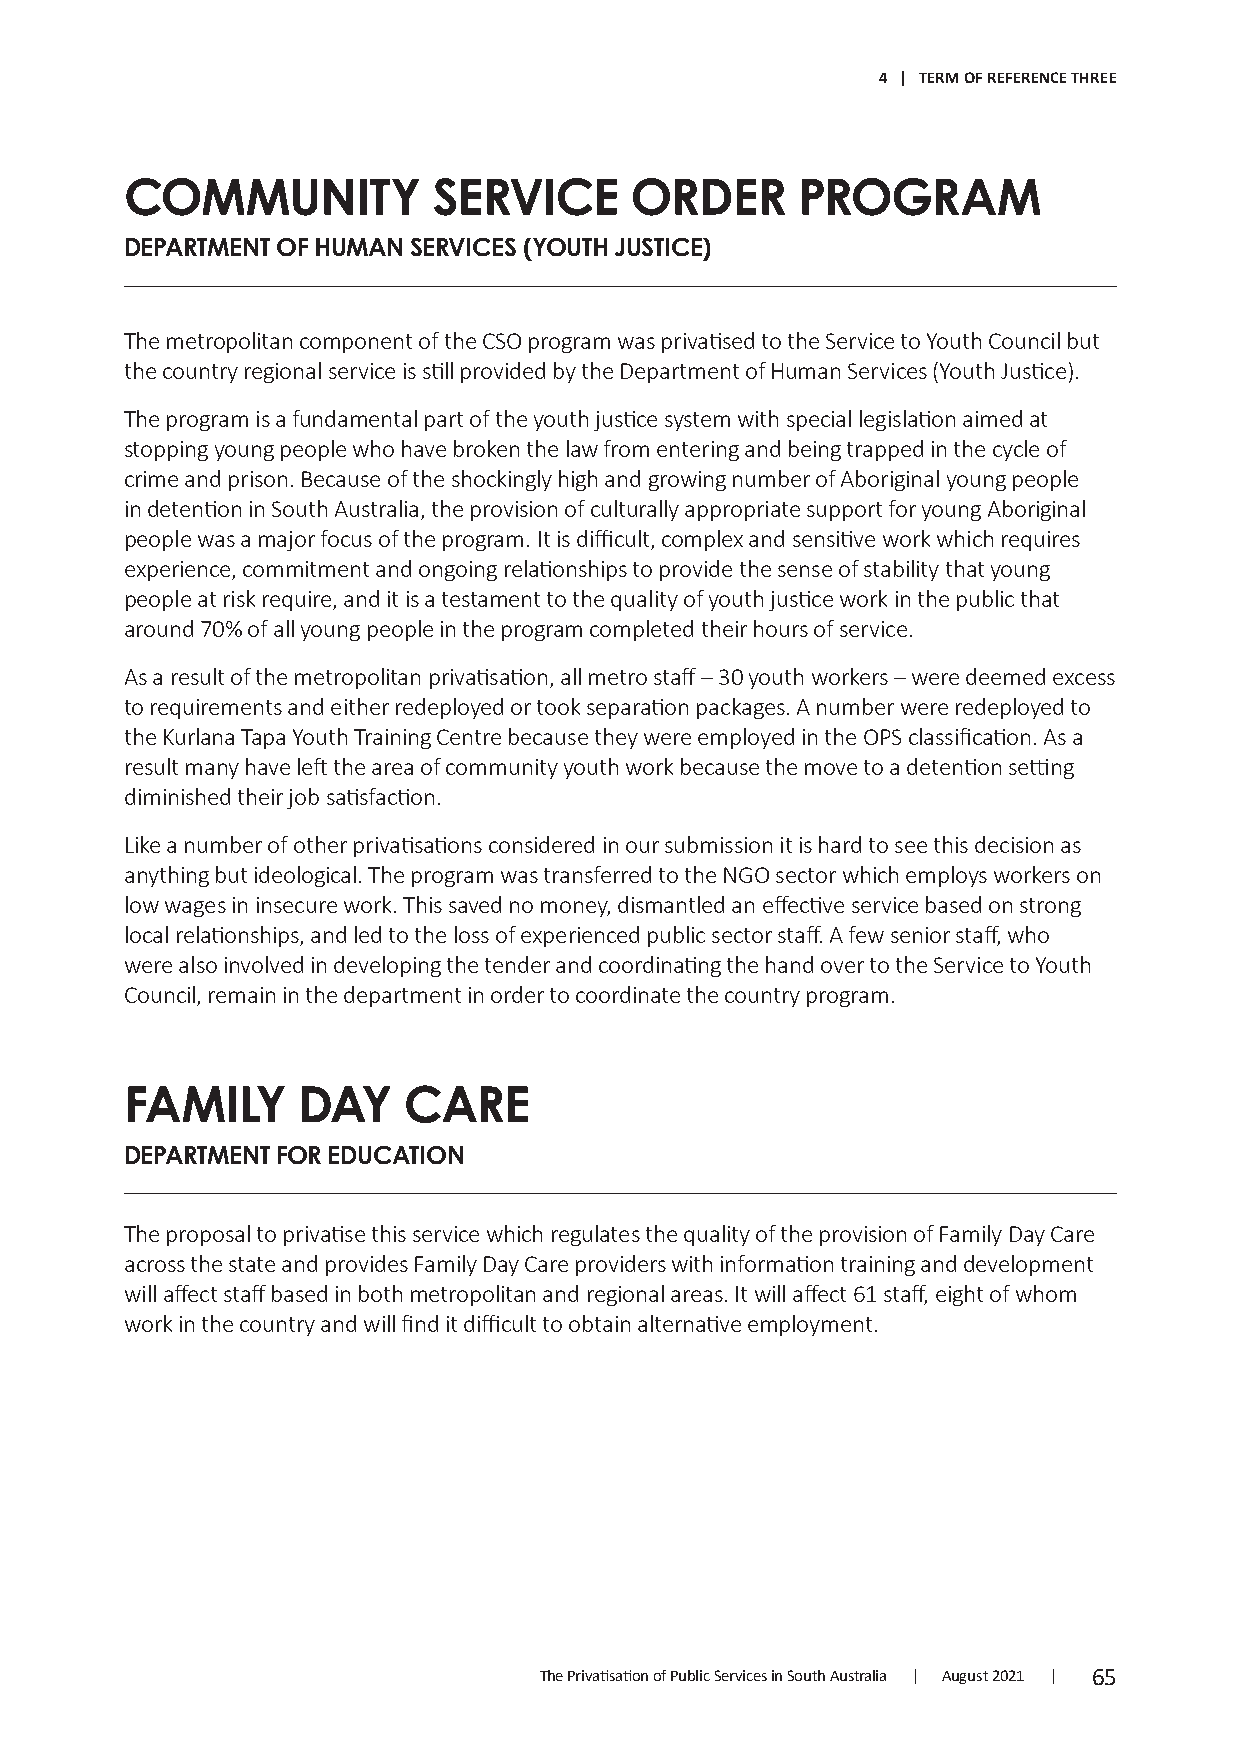
4 | TERM OF REFERENCE THREE
 COMMUNITY            SERVICE      ORDER      PROGRAM
 DEPARTMENT OF HUMAN SERVICES (YOUTH JUSTICE)
 The metropolitan component of the CSO program was privatised to the Service to Youth Council but
 the country regional service is still provided by the Department of Human Services (Youth Justice).
 The program is a fundamental part of the youth justice system with special legislation aimed at
 stopping young people who have broken the law from entering and being trapped in the cycle of
 crime and prison. Because of the shockingly high and growing number of Aboriginal young people
 in detention in South Australia, the provision of culturally appropriate support for young Aboriginal
 people was a major focus of the program. It is difficult, complex and sensitive work which requires
 experience, commitment and ongoing relationships to provide the sense of stability that young
 people at risk require, and it is a testament to the quality of youth justice work in the public that
 around 70% of all young people in the program completed their hours of service.
 As a result of the metropolitan privatisation, all metro staff – 30 youth workers – were deemed excess
 to requirements and either redeployed or took separation packages. A number were redeployed to
 the Kurlana Tapa Youth Training Centre because they were employed in the OPS classification. As a
 result many have left the area of community youth work because the move to a detention setting
 diminished their job satisfaction.
 Like a number of other privatisations considered in our submission it is hard to see this decision as
 anything but ideological. The program was transferred to the NGO sector which employs workers on
 low wages in insecure work. This saved no money, dismantled an effective service based on strong
 local relationships, and led to the loss of experienced public sector staff. A few senior staff, who
 were also involved in developing the tender and coordinating the hand over to the Service to Youth
 Council, remain in the department in order to coordinate the country program.
 FAMILY      DAY    CARE
 DEPARTMENT FOR EDUCATION
 The proposal to privatise this service which regulates the quality of the provision of Family Day Care
 across the state and provides Family Day Care providers with information training and development
 will affect staff based in both metropolitan and regional areas. It will affect 61 staff, eight of whom
 work in the country and will find it difficult to obtain alternative employment.
 The Privatisation of Public Services in South Australia | August 2021 | 65